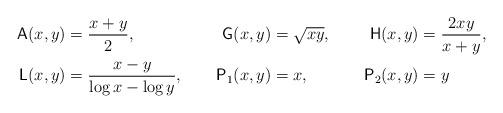
LaTeX: \begin{align*}\mathsf{A}(x,y)&=\dfrac{x+y}{2}, & \mathsf{G}(x,y)&=\sqrt{xy}, & \mathsf{H}(x,y)&=\dfrac{2xy}{x+y},\\\mathsf{L}(x,y)&=\dfrac{x-y}{\log x-\log y},&\mathsf{P}_1(x,y)&=x,&\mathsf{P}_2(x,y)&=y\end{align*}